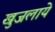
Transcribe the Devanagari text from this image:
खुजलाये